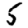
Digit: 5